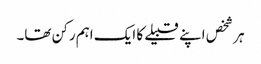
ہر شخص اپنے قبیلے کا ایک اہم رکن تھا۔